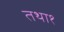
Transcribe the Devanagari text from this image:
तथा१